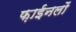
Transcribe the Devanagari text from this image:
फ़ाईनलों